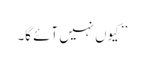
’’ کیوں نہیں آئے گا۔